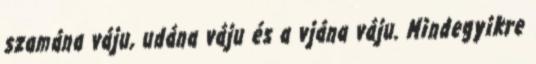
szamána váju, udána váju és a vjána váju. Mindegyikre